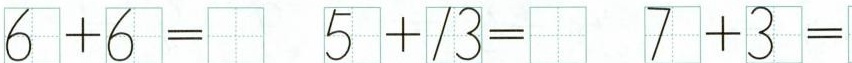
$$6 + 6 =$$ $$5 + 1 3 =$$ $$7 + 3 =$$